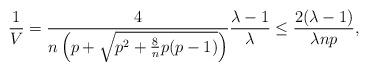
LaTeX: \begin{align*}\frac{1}{V} & =\frac{4}{n\left(p+\sqrt{p^{2}+\frac{8}{n}p(p-1)}\right)} \frac{\lambda-1}{\lambda} \leq \frac{2(\lambda-1)}{\lambda np},\end{align*}